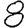
Digit: 8